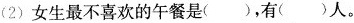
(2)女生最不喜欢的午餐是（），有（）人。